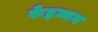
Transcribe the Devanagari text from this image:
फेइन्मन